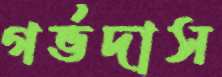
গর্ভদাস